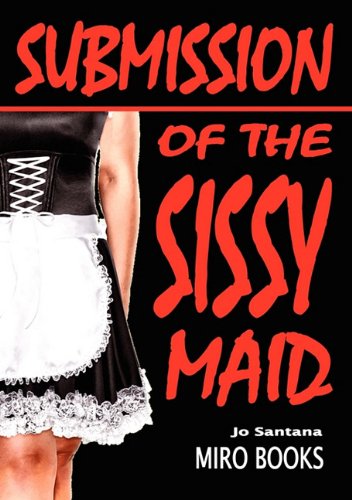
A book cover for Submission of the Sissy Maid; Jo Santana; Romance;